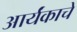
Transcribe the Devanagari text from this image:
आर्यंकाचे